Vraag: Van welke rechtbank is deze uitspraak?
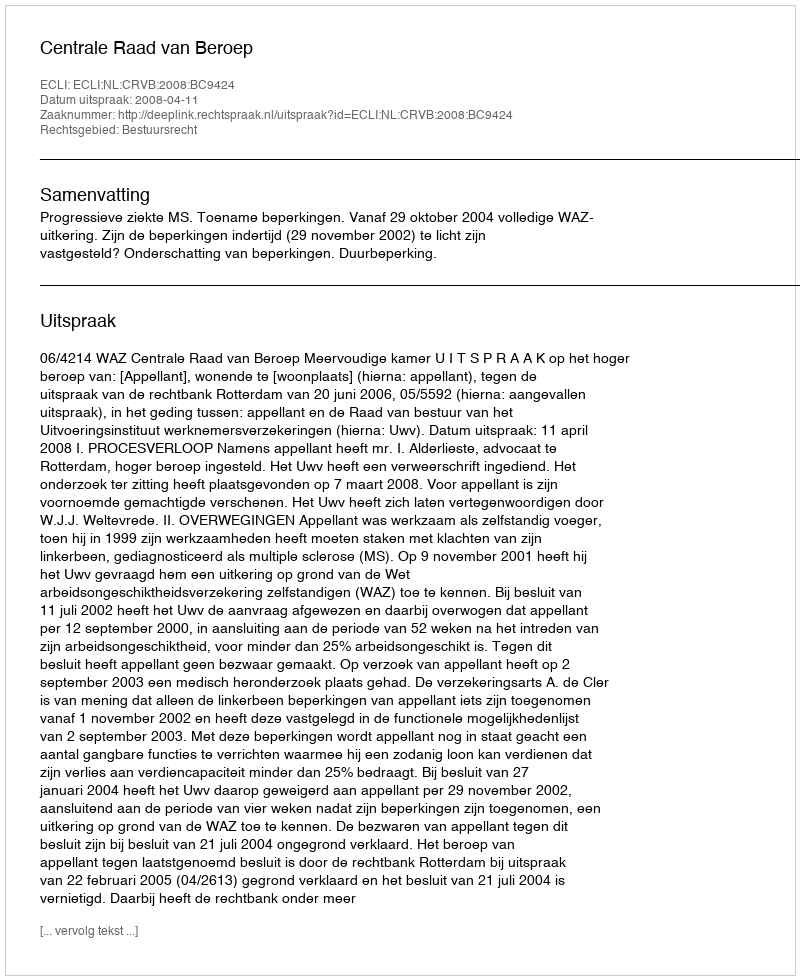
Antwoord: Centrale Raad van Beroep